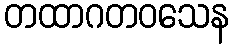
တထာဂတဝသေန